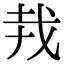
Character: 𢦛